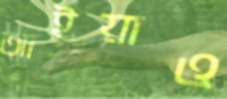
আইয়াও